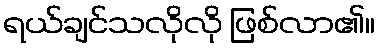
ရယ်ချင်သလိုလို ဖြစ်လာ၏။